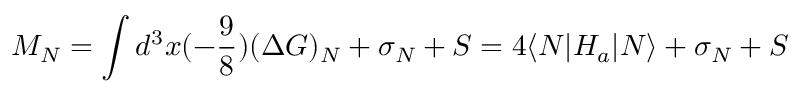
M _ { N } = \int d ^ { 3 } x ( - \frac { 9 } { 8 } ) ( \Delta G ) _ { N } + \sigma _ { N } + S = 4 { \langle N | H _ { a } | N \rangle } + \sigma _ { N } + S